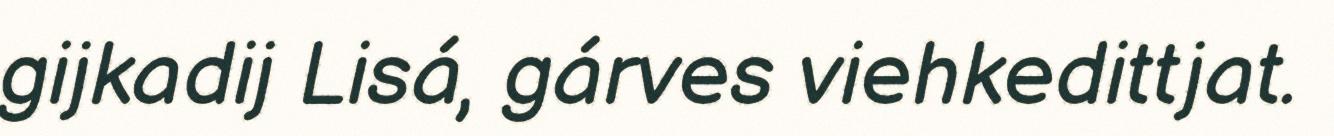
gijkadij Lisá, gárves viehkedittjat.